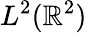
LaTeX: L^{2}(\mathbb{R}^{2})